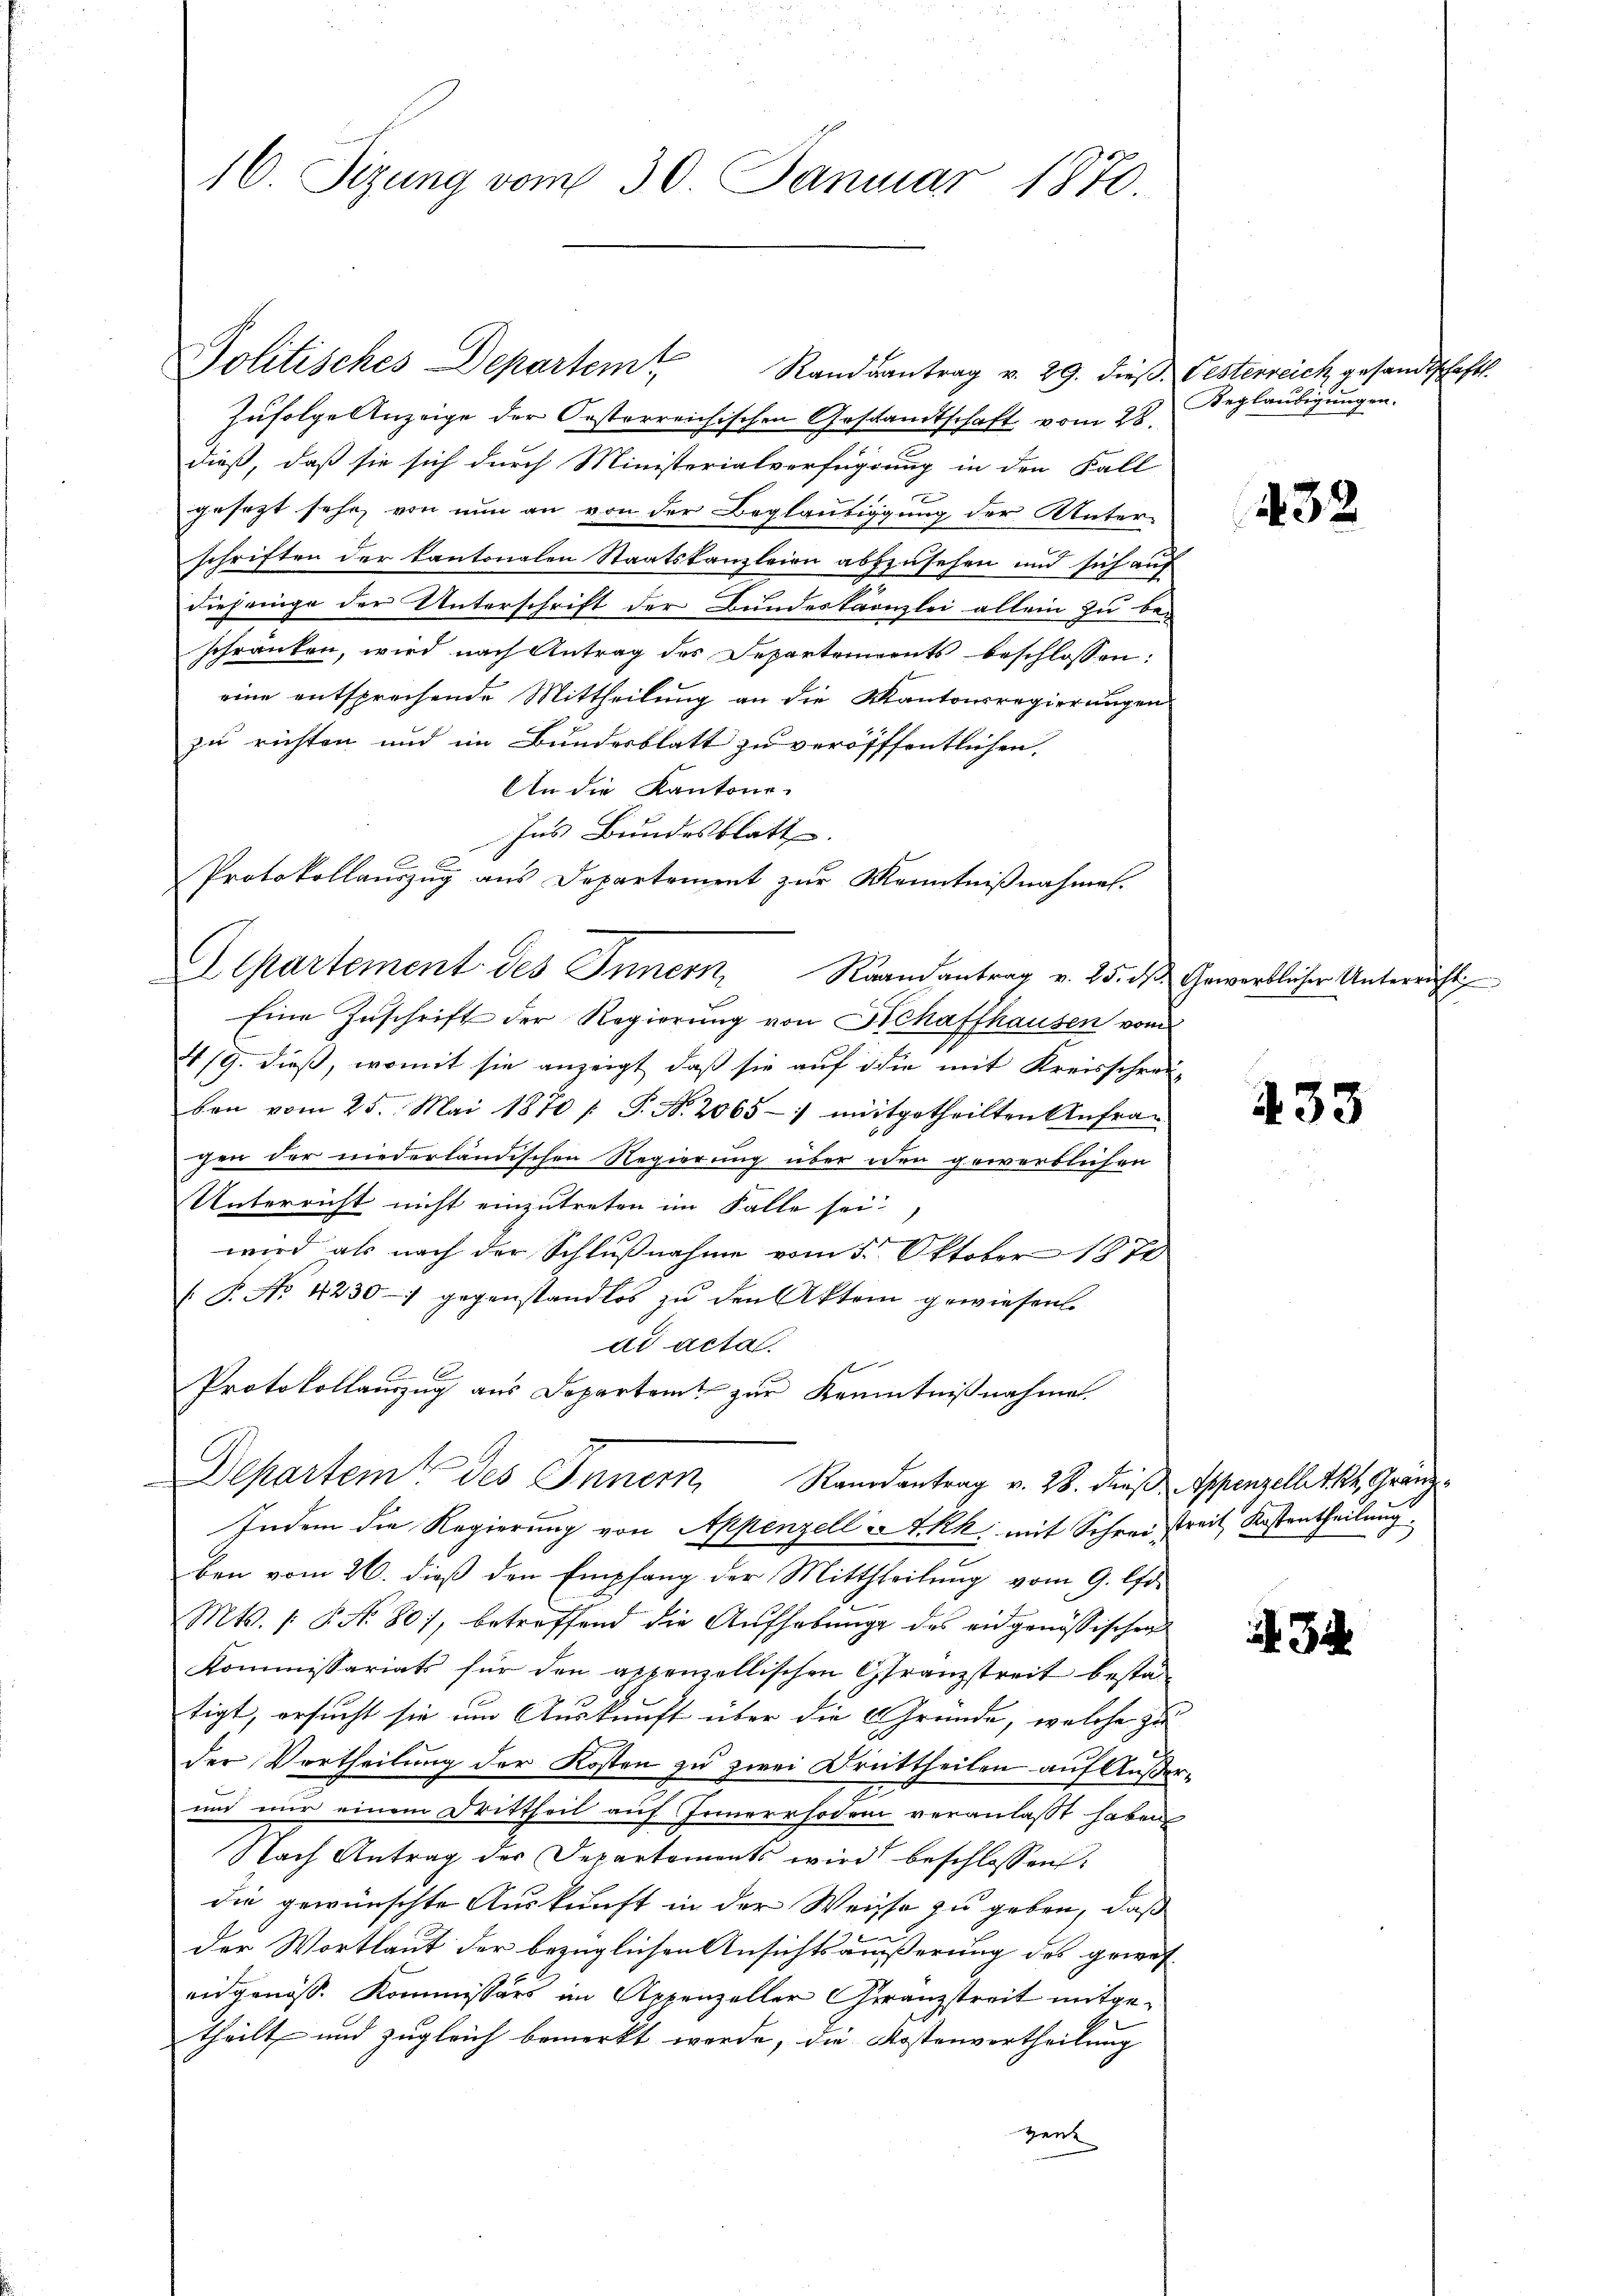
16. Sizung vom 30. Januar 1870.

Politisches Departemt

Randsantrag v. 29. dieß Festerreich gesandtschaft.
Zufolge Anzeige der Oesterreichischen Gesandtschaft vom 28.
dieß, daß sie sich durch Ministerialverfügung in den Fall
gesezt sehr, von nun an von der Beglaubigung der Unter-
schriften der Kantonalen Staatskanzleien abzusehen und sich auf
diejenige der Unterschrift der Bundeskanzlei allein zu beschranken, wird nach Antrag des Departements beschlossen:
eine entsprechende Mittheilung an die Kantonsregierungen
zu richten und im Bundesblatt zu veröfffentlichen,
An die Kantone.
Ins Bundesblatt
Protokollauszug aus Departement zur Kenntnißnahmen.
Departement des Innern, Raandantrag v. 25. ds Gewertlicher Unterricht
Eine Zuschrift der Regierung von Schaffhausen vom
1/9. dieß, womit sie anzeigt, daß sie auf die mit Kreisschreiben vom 25. Mai 1870 [ P. Nr. 2065 - mitgetheilten Anfrag
Ien der niederländischen Regierung über iden gewerblichen
Unterricht nicht einzutreten im Falle sei.
wird als nach der Schlußnahme vom 5. Oktober 1970
. P. No 4230 - gegenstandlos zu den Aktem gewiesen.
ad actal.
1
Protokollauszug aus Departamt zur Kenntnißnahme

Departem des Innern Randantrag v. 28. des Appenzellette Gränz
Indem die Regierung von Appenzell I.Rh. mit Schrei streit Kostertheilung.

ben vom 26. dieß den Empfang der Mittheilung vom 9. l.
Mts. /: P. No 80), betreffend die Aufhebung des eidgenössischen
Kommissariats für den appenzellischen Gränzstreit besta
tigt, ersucht sie um Auskunft über die Gründe, welche zu
der Vortheilung der Kosten zu zwei Drittheilen auf Außer¬
Z
und nur einem Drittheil auf immerrhoden veranlaßt haben
Nach Antrag der Departaments wird beschlossen:
die gewünschte Auskunft in der Weisse zu geben, daß
u
der Wortlaut der bezüglichen Ansichtsäußerung des gewes
eidgenoss. Kommissärs im Appenzeller Franzstreit mitgetheilt und zugleich bemerkt werde, die Kostenvertheilung
zent

Beglaubigungen.

32

433

34